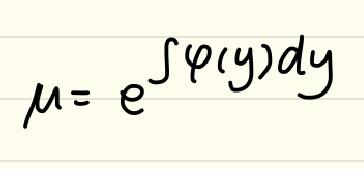
\(\mu = e^{\int \varphi(y)dy}\)